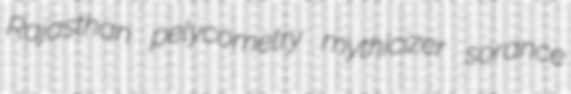
Rajasthan pelycometry mythicizer sorance